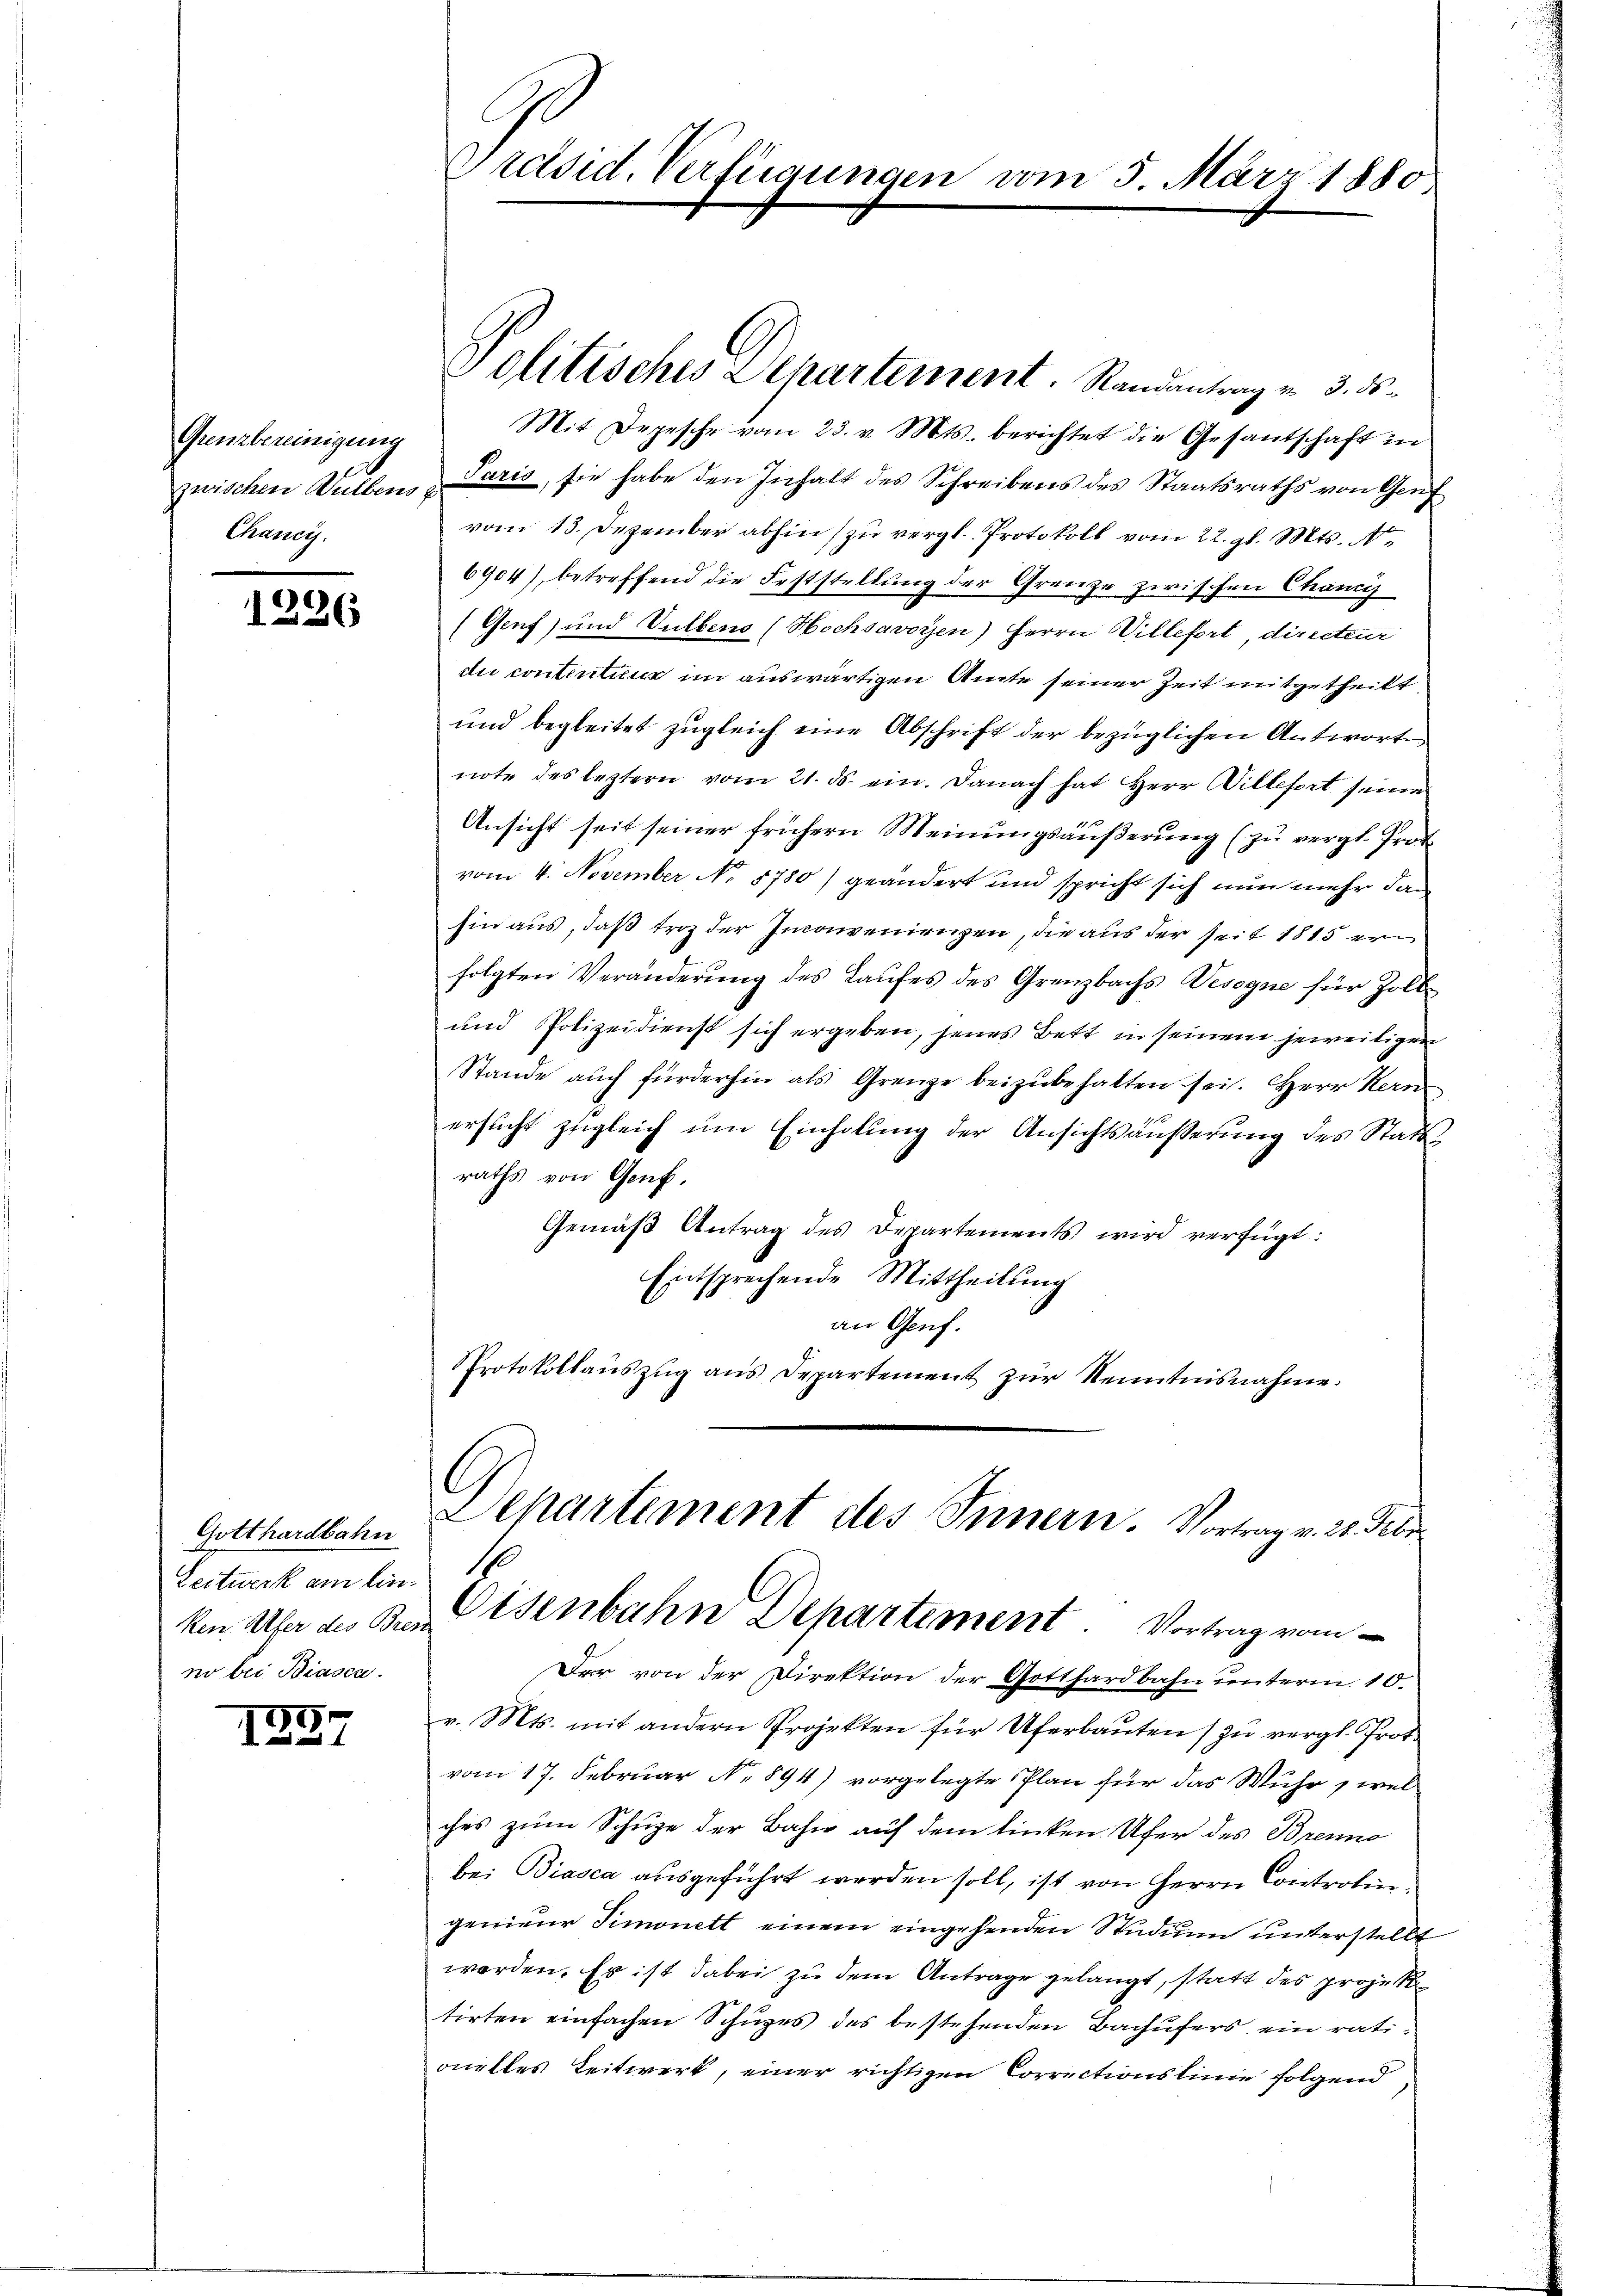
Grenzbereinigung
zwischen Wulbens
Chanci

1226

Gotthardbahn
Lestwerk am linno bei Biasca.

9
1

Mit Depesche vom 23. v. Mts. berichtet die Gesantschaft in
Paris, sie habe den Inhalt des Schreibens des Staatsraths von Genf
E
vom 13. Dezember abhin) zu vergl. Protokoll vom 22. gl. Mts. Ne
6904), betreffend die Feststellung der Grenze zwischen Chanci
(Genf) und Vulbens (Hochsavoyen) Herrn Willefort, directeur
du contentius im auswärtigen Amte seiner Zeit mitgetheilt
und begleitet zugleich eine Abschrift der bezüglichen Antworte
note des leztern vom 21. ds. ein. Danach hat Herr Wiltefert seine
Ansicht seit seiner frühern Meinungsäußerung (zu vergl. Prot
vom 4. November No. 5780) geändert und spricht sich nun mehr das
hin aus, daß troz der Inconvenienzen, die aus der seit 1815 er
folgten Veränderŭng des Laufes des Grenzbachs Wesegne für Zoll-
und Polizeidienst sich ergeben, seines Bett in seinem jeweiligen
Stande auch fürderhin als Grenze beizubehalten sei. Herr Kern
ersucht zugleich um Einholung der Ansichtsäusserung des Stattraths von Genf.
Gemäβ Antrag des Departements wird verfügt:
Entsprechende Mittheilung
an Genf.
Protokollaŭszŭg ans Departement zŭr Kenntnisnahme.

Präsid. Verfügungen vom 5. März 1880

Politisches Departement. Randantrag v. 3. ds.

Departement des Innern. Vortrag v. 21. Febr.
1
ken. Aber des Den Eisenbahn Departement. Vortrag vom

Der von der Direktion der Gotthardbahn unterm 10.
v. Mts. mit andern Projekten für Uferbaŭten zŭ vergl. Prot
vom 17. Februar No 894) vorgelegte Plan für das Wuhr wel
ches zum Schuze der Bahn auf dem linken Ufer des Brenno
be: Biasca ausgeführt werden soll, ist von Herrn Controlingenieur Simonett einem eingehenden Studium unterstellt
worden. Es ist dabei zu dem Antrage gelangt, statt des projek
tirten einfachen Schupes des bestehenden Bachufers ein rationelles Leitwerk, einer richtigen Correctionslinie folgend